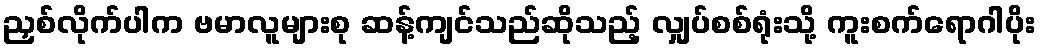
ညှစ်လိုက်ပါက ဗမာလူများစု ဆန့်ကျင်သည်ဆိုသည့် လျှပ်စစ်ရုံးသို့ ကူးစက်ရောဂါပိုး